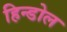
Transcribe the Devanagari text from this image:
हिन्डोल